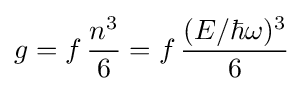
g=f\,{\frac {n^{3}}{6}}=f\,{\frac {(E/\hbar \omega )^{3}}{6}}